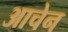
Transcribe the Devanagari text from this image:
आचेन